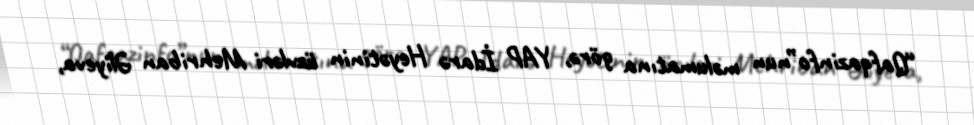
“Qafqazinfo”nun məlumatına görə, YAP İdarə Heyətinin üzvləri Mehriban Əliyeva,